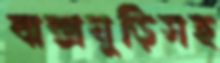
বাক্সঘুড়িসহ